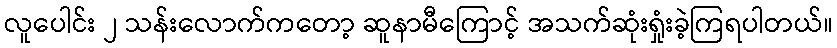
လူပေါင်း ၂ သန်းလောက်ကတော့ ဆူနာမီကြောင့် အသက်ဆုံးရှုံးခဲ့ကြရပါတယ်။